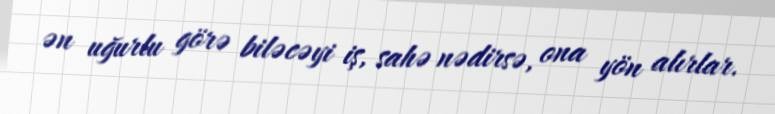
ən uğurlu görə biləcəyi iş, sahə nədirsə, ona yön alırlar.